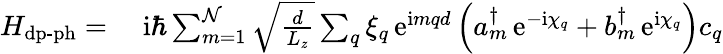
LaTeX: \begin{array}{rl}{H_{\mathrm{dp}\textrm{-}\mathrm{ph}}=}&{{}\; \mathrm{i}\hbar\sum_{m=1}^{\mathcal{N}}\sqrt{\frac{d}{L_{z}}}\sum_{q}\xi_{q}\, \mathrm{e}^{\mathrm{i}mqd}\left(a_{m}^{\dagger}\, \mathrm{e}^{-\mathrm{i}\chi_{q}}+b_{m}^{\dagger}\, \mathrm{e}^{\mathrm{i}\chi_{q}}\right)c_{q}^{\phantom{\dagger}}}\end{array}